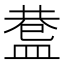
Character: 𥂅